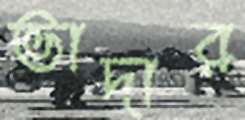
ভাদার